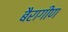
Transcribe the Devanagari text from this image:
बैरागीण